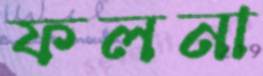
ফলনা